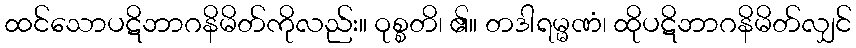
ထင်သောပဋိဘာဂနိမိတ်ကိုလည်း။ ဝုစ္စတိ၊ ၏။ တဒါရမ္မဏံ၊ ထိုပဋိဘာဂနိမိတ်လျှင်